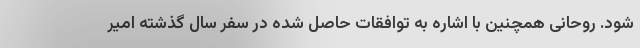
شود. روحانی همچنین با اشاره به توافقات حاصل شده در سفر سال گذشته امیر